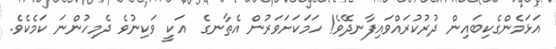
އަޅަމެންގެކިބައިން ދުރުކުރައްވައިފާނދޭވެ! ހަމަކަށަވަރުން އެތާނގެ  އަކީ ވަކިނުވެ ދެމިހުންނަ ކަމެކެވެ.